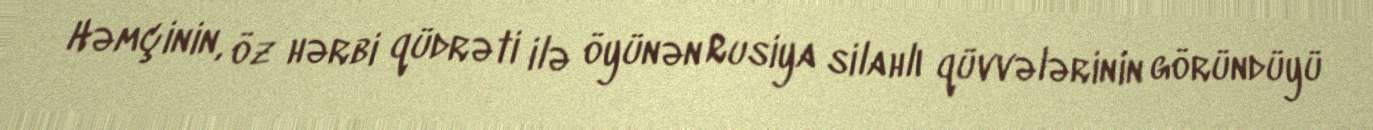
Həmçinin, öz hərbi qüdrəti ilə öyünən Rusiya silahlı qüvvələrinin göründüyü